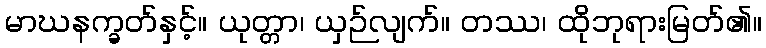
မာဃနက္ခတ်နှင့်။ ယုတ္တာ၊ ယှဉ်လျက်။ တဿ၊ ထိုဘုရားမြတ်၏။